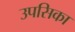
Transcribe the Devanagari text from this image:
उपसिका